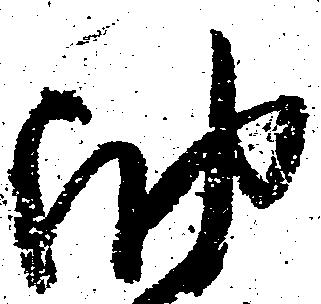
油